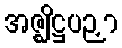
အဇ္ဈိဋ္ဌပဉှာ